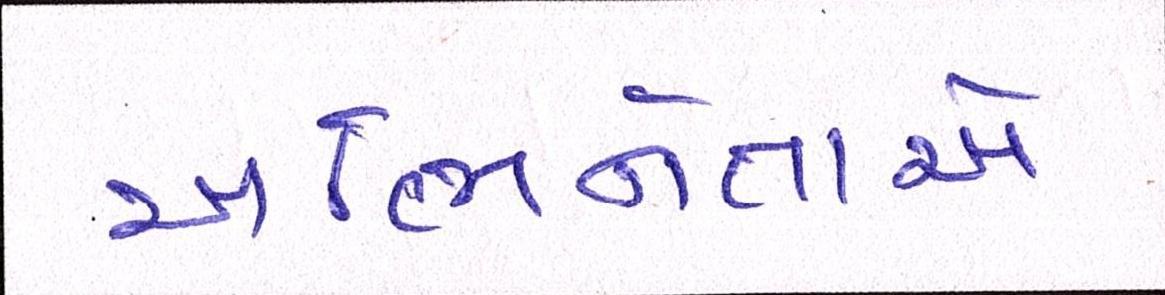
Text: અભિનેતાએ